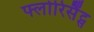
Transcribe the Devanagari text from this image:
फ्लोरिसैंट्स